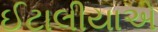
ઈટાલીયાએ